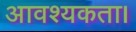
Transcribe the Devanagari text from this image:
आवश्‍यकता।